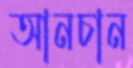
আনচান